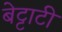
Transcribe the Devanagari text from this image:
बेट्टाटी